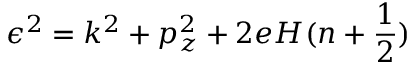
\epsilon ^ { 2 } = k ^ { 2 } + p _ { z } ^ { 2 } + 2 e H ( n + \frac { 1 } { 2 } )